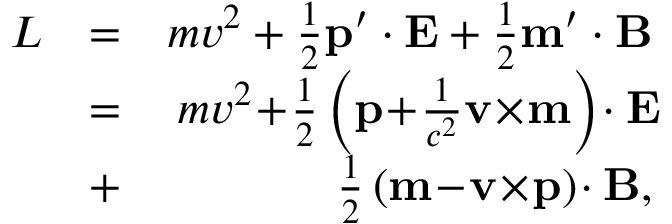
\begin{array} { r l r } { L } & { = } & { m v ^ { 2 } + \frac { 1 } { 2 } \mathbf p ^ { \prime } \cdot \mathbf E + \frac { 1 } { 2 } \mathbf m ^ { \prime } \cdot \mathbf B } \\ & { = } & { m v ^ { 2 } \! + \! \frac { 1 } { 2 } \left( \mathbf p \! + \! \frac { 1 } { c ^ { 2 } } \mathbf v \! \times \! \mathbf m \right) \! \cdot \mathbf E \! } \\ & { + } & { \! \frac { 1 } { 2 } \left( \mathbf m \! - \! \mathbf v \! \times \! \mathbf p \right) \! \cdot \mathbf B , } \end{array}